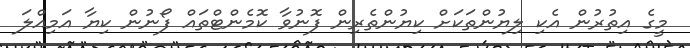
މީގެ އިތުރުން އެކި ލިޔުންތަކަށް ކިޔުންތެރިން ފޮނުވާ ކޮމެންޓްތައް ފޯނުން ކިޔާ އަމިއްލަ